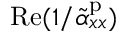
\mathrm { R e } ( 1 / \tilde { \alpha } _ { x x } ^ { \mathrm { p } } )